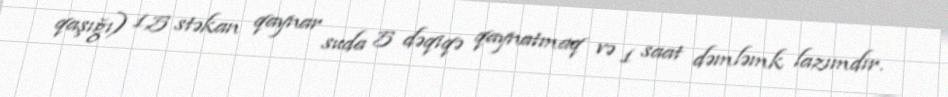
qaşığı) 1,5 stəkan qaynar suda 5 dəqiqə qaynatmaq və 1 saat dəmləmk lazımdır.